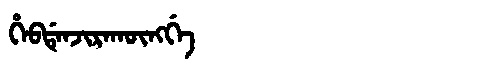
Manchu: ᡥᡝᠪᡩᡝᠨᠵᡳᡵᠠᡴᡡᠩᡤᡝ
Romanization: HEBDENJIRAKŪNGGE